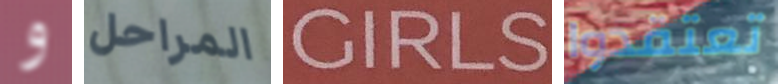
و المراحل GIRLS تعتقدوا